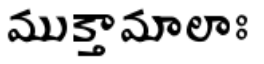
ముక్తామాలాః